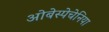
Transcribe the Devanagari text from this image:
ओबेस्पेचेनिया